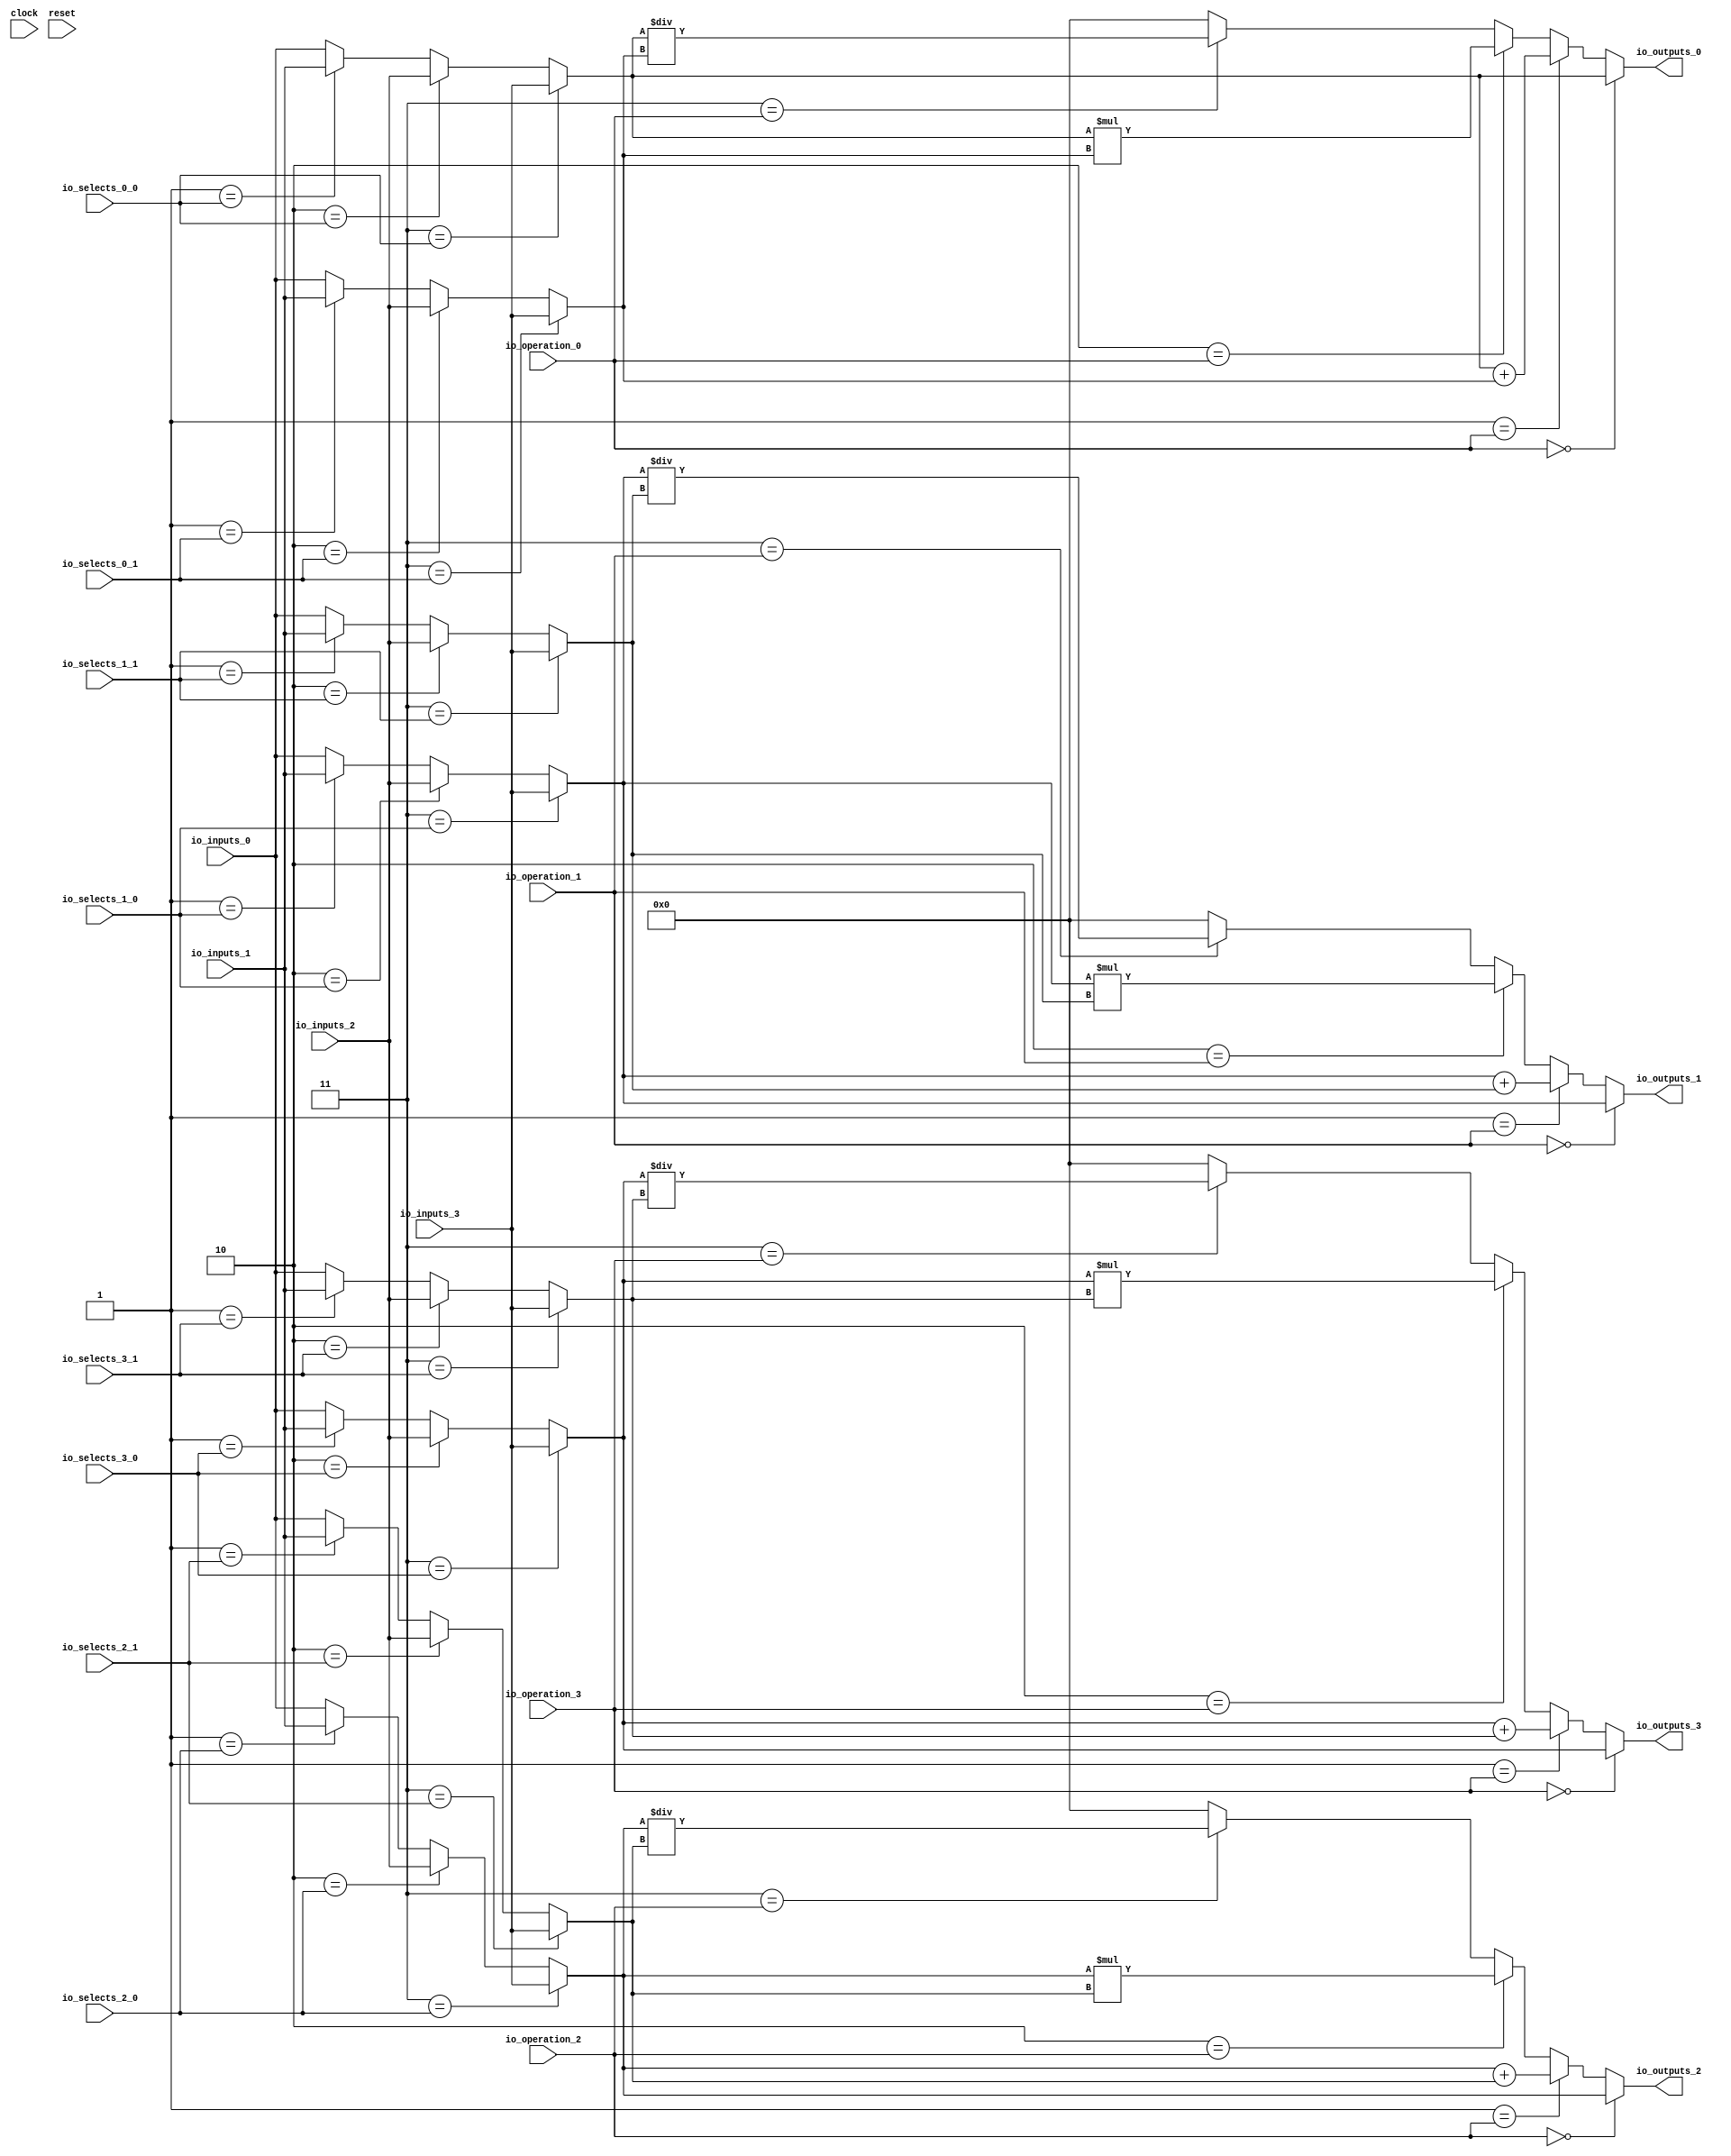
module MuxTest_width_256_inputs_4_outputs_4_pipeline_0( // @[:@3.2]
  input          clock, // @[:@4.4]
  input          reset, // @[:@5.4]
  input  [1:0]   io_selects_0_0, // @[:@6.4]
  input  [1:0]   io_selects_0_1, // @[:@6.4]
  input  [1:0]   io_selects_1_0, // @[:@6.4]
  input  [1:0]   io_selects_1_1, // @[:@6.4]
  input  [1:0]   io_selects_2_0, // @[:@6.4]
  input  [1:0]   io_selects_2_1, // @[:@6.4]
  input  [1:0]   io_selects_3_0, // @[:@6.4]
  input  [1:0]   io_selects_3_1, // @[:@6.4]
  input  [2:0]   io_operation_0, // @[:@6.4]
  input  [2:0]   io_operation_1, // @[:@6.4]
  input  [2:0]   io_operation_2, // @[:@6.4]
  input  [2:0]   io_operation_3, // @[:@6.4]
  input  [255:0] io_inputs_0, // @[:@6.4]
  input  [255:0] io_inputs_1, // @[:@6.4]
  input  [255:0] io_inputs_2, // @[:@6.4]
  input  [255:0] io_inputs_3, // @[:@6.4]
  output [255:0] io_outputs_0, // @[:@6.4]
  output [255:0] io_outputs_1, // @[:@6.4]
  output [255:0] io_outputs_2, // @[:@6.4]
  output [255:0] io_outputs_3 // @[:@6.4]
);
  wire [255:0] _GEN_1; // @[MuxTest_width_256_inputs_4_outputs_4_pipeline_0s.scala 32:53:@8.4]
  wire [255:0] _GEN_2; // @[MuxTest_width_256_inputs_4_outputs_4_pipeline_0s.scala 32:53:@8.4]
  wire [255:0] _GEN_3; // @[MuxTest_width_256_inputs_4_outputs_4_pipeline_0s.scala 32:53:@8.4]
  wire [255:0] _GEN_5; // @[MuxTest_width_256_inputs_4_outputs_4_pipeline_0s.scala 32:53:@8.4]
  wire [255:0] _GEN_6; // @[MuxTest_width_256_inputs_4_outputs_4_pipeline_0s.scala 32:53:@8.4]
  wire [255:0] _GEN_7; // @[MuxTest_width_256_inputs_4_outputs_4_pipeline_0s.scala 32:53:@8.4]
  wire [256:0] _T_242; // @[MuxTest_width_256_inputs_4_outputs_4_pipeline_0s.scala 32:53:@8.4]
  wire [255:0] _T_243; // @[MuxTest_width_256_inputs_4_outputs_4_pipeline_0s.scala 32:53:@9.4]
  wire [511:0] _T_245; // @[MuxTest_width_256_inputs_4_outputs_4_pipeline_0s.scala 33:58:@10.4]
  wire [255:0] _T_247; // @[MuxTest_width_256_inputs_4_outputs_4_pipeline_0s.scala 34:56:@11.4]
  wire  _T_248; // @[Mux.scala 46:19:@12.4]
  wire [255:0] _T_249; // @[Mux.scala 46:16:@13.4]
  wire  _T_250; // @[Mux.scala 46:19:@14.4]
  wire [511:0] _T_251; // @[Mux.scala 46:16:@15.4]
  wire  _T_252; // @[Mux.scala 46:19:@16.4]
  wire [511:0] _T_253; // @[Mux.scala 46:16:@17.4]
  wire  _T_254; // @[Mux.scala 46:19:@18.4]
  wire [511:0] _T_255; // @[Mux.scala 46:16:@19.4]
  wire [255:0] _GEN_9; // @[MuxTest_width_256_inputs_4_outputs_4_pipeline_0s.scala 32:53:@20.4]
  wire [255:0] _GEN_10; // @[MuxTest_width_256_inputs_4_outputs_4_pipeline_0s.scala 32:53:@20.4]
  wire [255:0] _GEN_11; // @[MuxTest_width_256_inputs_4_outputs_4_pipeline_0s.scala 32:53:@20.4]
  wire [255:0] _GEN_13; // @[MuxTest_width_256_inputs_4_outputs_4_pipeline_0s.scala 32:53:@20.4]
  wire [255:0] _GEN_14; // @[MuxTest_width_256_inputs_4_outputs_4_pipeline_0s.scala 32:53:@20.4]
  wire [255:0] _GEN_15; // @[MuxTest_width_256_inputs_4_outputs_4_pipeline_0s.scala 32:53:@20.4]
  wire [256:0] _T_259; // @[MuxTest_width_256_inputs_4_outputs_4_pipeline_0s.scala 32:53:@20.4]
  wire [255:0] _T_260; // @[MuxTest_width_256_inputs_4_outputs_4_pipeline_0s.scala 32:53:@21.4]
  wire [511:0] _T_262; // @[MuxTest_width_256_inputs_4_outputs_4_pipeline_0s.scala 33:58:@22.4]
  wire [255:0] _T_264; // @[MuxTest_width_256_inputs_4_outputs_4_pipeline_0s.scala 34:56:@23.4]
  wire  _T_265; // @[Mux.scala 46:19:@24.4]
  wire [255:0] _T_266; // @[Mux.scala 46:16:@25.4]
  wire  _T_267; // @[Mux.scala 46:19:@26.4]
  wire [511:0] _T_268; // @[Mux.scala 46:16:@27.4]
  wire  _T_269; // @[Mux.scala 46:19:@28.4]
  wire [511:0] _T_270; // @[Mux.scala 46:16:@29.4]
  wire  _T_271; // @[Mux.scala 46:19:@30.4]
  wire [511:0] _T_272; // @[Mux.scala 46:16:@31.4]
  wire [255:0] _GEN_17; // @[MuxTest_width_256_inputs_4_outputs_4_pipeline_0s.scala 32:53:@32.4]
  wire [255:0] _GEN_18; // @[MuxTest_width_256_inputs_4_outputs_4_pipeline_0s.scala 32:53:@32.4]
  wire [255:0] _GEN_19; // @[MuxTest_width_256_inputs_4_outputs_4_pipeline_0s.scala 32:53:@32.4]
  wire [255:0] _GEN_21; // @[MuxTest_width_256_inputs_4_outputs_4_pipeline_0s.scala 32:53:@32.4]
  wire [255:0] _GEN_22; // @[MuxTest_width_256_inputs_4_outputs_4_pipeline_0s.scala 32:53:@32.4]
  wire [255:0] _GEN_23; // @[MuxTest_width_256_inputs_4_outputs_4_pipeline_0s.scala 32:53:@32.4]
  wire [256:0] _T_276; // @[MuxTest_width_256_inputs_4_outputs_4_pipeline_0s.scala 32:53:@32.4]
  wire [255:0] _T_277; // @[MuxTest_width_256_inputs_4_outputs_4_pipeline_0s.scala 32:53:@33.4]
  wire [511:0] _T_279; // @[MuxTest_width_256_inputs_4_outputs_4_pipeline_0s.scala 33:58:@34.4]
  wire [255:0] _T_281; // @[MuxTest_width_256_inputs_4_outputs_4_pipeline_0s.scala 34:56:@35.4]
  wire  _T_282; // @[Mux.scala 46:19:@36.4]
  wire [255:0] _T_283; // @[Mux.scala 46:16:@37.4]
  wire  _T_284; // @[Mux.scala 46:19:@38.4]
  wire [511:0] _T_285; // @[Mux.scala 46:16:@39.4]
  wire  _T_286; // @[Mux.scala 46:19:@40.4]
  wire [511:0] _T_287; // @[Mux.scala 46:16:@41.4]
  wire  _T_288; // @[Mux.scala 46:19:@42.4]
  wire [511:0] _T_289; // @[Mux.scala 46:16:@43.4]
  wire [255:0] _GEN_25; // @[MuxTest_width_256_inputs_4_outputs_4_pipeline_0s.scala 32:53:@44.4]
  wire [255:0] _GEN_26; // @[MuxTest_width_256_inputs_4_outputs_4_pipeline_0s.scala 32:53:@44.4]
  wire [255:0] _GEN_27; // @[MuxTest_width_256_inputs_4_outputs_4_pipeline_0s.scala 32:53:@44.4]
  wire [255:0] _GEN_29; // @[MuxTest_width_256_inputs_4_outputs_4_pipeline_0s.scala 32:53:@44.4]
  wire [255:0] _GEN_30; // @[MuxTest_width_256_inputs_4_outputs_4_pipeline_0s.scala 32:53:@44.4]
  wire [255:0] _GEN_31; // @[MuxTest_width_256_inputs_4_outputs_4_pipeline_0s.scala 32:53:@44.4]
  wire [256:0] _T_293; // @[MuxTest_width_256_inputs_4_outputs_4_pipeline_0s.scala 32:53:@44.4]
  wire [255:0] _T_294; // @[MuxTest_width_256_inputs_4_outputs_4_pipeline_0s.scala 32:53:@45.4]
  wire [511:0] _T_296; // @[MuxTest_width_256_inputs_4_outputs_4_pipeline_0s.scala 33:58:@46.4]
  wire [255:0] _T_298; // @[MuxTest_width_256_inputs_4_outputs_4_pipeline_0s.scala 34:56:@47.4]
  wire  _T_299; // @[Mux.scala 46:19:@48.4]
  wire [255:0] _T_300; // @[Mux.scala 46:16:@49.4]
  wire  _T_301; // @[Mux.scala 46:19:@50.4]
  wire [511:0] _T_302; // @[Mux.scala 46:16:@51.4]
  wire  _T_303; // @[Mux.scala 46:19:@52.4]
  wire [511:0] _T_304; // @[Mux.scala 46:16:@53.4]
  wire  _T_305; // @[Mux.scala 46:19:@54.4]
  wire [511:0] _T_306; // @[Mux.scala 46:16:@55.4]
  assign _GEN_1 = 2'h1 == io_selects_0_0 ? io_inputs_1 : io_inputs_0; // @[MuxTest_width_256_inputs_4_outputs_4_pipeline_0s.scala 32:53:@8.4]
  assign _GEN_2 = 2'h2 == io_selects_0_0 ? io_inputs_2 : _GEN_1; // @[MuxTest_width_256_inputs_4_outputs_4_pipeline_0s.scala 32:53:@8.4]
  assign _GEN_3 = 2'h3 == io_selects_0_0 ? io_inputs_3 : _GEN_2; // @[MuxTest_width_256_inputs_4_outputs_4_pipeline_0s.scala 32:53:@8.4]
  assign _GEN_5 = 2'h1 == io_selects_0_1 ? io_inputs_1 : io_inputs_0; // @[MuxTest_width_256_inputs_4_outputs_4_pipeline_0s.scala 32:53:@8.4]
  assign _GEN_6 = 2'h2 == io_selects_0_1 ? io_inputs_2 : _GEN_5; // @[MuxTest_width_256_inputs_4_outputs_4_pipeline_0s.scala 32:53:@8.4]
  assign _GEN_7 = 2'h3 == io_selects_0_1 ? io_inputs_3 : _GEN_6; // @[MuxTest_width_256_inputs_4_outputs_4_pipeline_0s.scala 32:53:@8.4]
  assign _T_242 = _GEN_3 + _GEN_7; // @[MuxTest_width_256_inputs_4_outputs_4_pipeline_0s.scala 32:53:@8.4]
  assign _T_243 = _GEN_3 + _GEN_7; // @[MuxTest_width_256_inputs_4_outputs_4_pipeline_0s.scala 32:53:@9.4]
  assign _T_245 = _GEN_3 * _GEN_7; // @[MuxTest_width_256_inputs_4_outputs_4_pipeline_0s.scala 33:58:@10.4]
  assign _T_247 = _GEN_3 / _GEN_7; // @[MuxTest_width_256_inputs_4_outputs_4_pipeline_0s.scala 34:56:@11.4]
  assign _T_248 = 3'h3 == io_operation_0; // @[Mux.scala 46:19:@12.4]
  assign _T_249 = _T_248 ? _T_247 : 256'h0; // @[Mux.scala 46:16:@13.4]
  assign _T_250 = 3'h2 == io_operation_0; // @[Mux.scala 46:19:@14.4]
  assign _T_251 = _T_250 ? _T_245 : {{256'd0}, _T_249}; // @[Mux.scala 46:16:@15.4]
  assign _T_252 = 3'h1 == io_operation_0; // @[Mux.scala 46:19:@16.4]
  assign _T_253 = _T_252 ? {{256'd0}, _T_243} : _T_251; // @[Mux.scala 46:16:@17.4]
  assign _T_254 = 3'h0 == io_operation_0; // @[Mux.scala 46:19:@18.4]
  assign _T_255 = _T_254 ? {{256'd0}, _GEN_3} : _T_253; // @[Mux.scala 46:16:@19.4]
  assign _GEN_9 = 2'h1 == io_selects_1_0 ? io_inputs_1 : io_inputs_0; // @[MuxTest_width_256_inputs_4_outputs_4_pipeline_0s.scala 32:53:@20.4]
  assign _GEN_10 = 2'h2 == io_selects_1_0 ? io_inputs_2 : _GEN_9; // @[MuxTest_width_256_inputs_4_outputs_4_pipeline_0s.scala 32:53:@20.4]
  assign _GEN_11 = 2'h3 == io_selects_1_0 ? io_inputs_3 : _GEN_10; // @[MuxTest_width_256_inputs_4_outputs_4_pipeline_0s.scala 32:53:@20.4]
  assign _GEN_13 = 2'h1 == io_selects_1_1 ? io_inputs_1 : io_inputs_0; // @[MuxTest_width_256_inputs_4_outputs_4_pipeline_0s.scala 32:53:@20.4]
  assign _GEN_14 = 2'h2 == io_selects_1_1 ? io_inputs_2 : _GEN_13; // @[MuxTest_width_256_inputs_4_outputs_4_pipeline_0s.scala 32:53:@20.4]
  assign _GEN_15 = 2'h3 == io_selects_1_1 ? io_inputs_3 : _GEN_14; // @[MuxTest_width_256_inputs_4_outputs_4_pipeline_0s.scala 32:53:@20.4]
  assign _T_259 = _GEN_11 + _GEN_15; // @[MuxTest_width_256_inputs_4_outputs_4_pipeline_0s.scala 32:53:@20.4]
  assign _T_260 = _GEN_11 + _GEN_15; // @[MuxTest_width_256_inputs_4_outputs_4_pipeline_0s.scala 32:53:@21.4]
  assign _T_262 = _GEN_11 * _GEN_15; // @[MuxTest_width_256_inputs_4_outputs_4_pipeline_0s.scala 33:58:@22.4]
  assign _T_264 = _GEN_11 / _GEN_15; // @[MuxTest_width_256_inputs_4_outputs_4_pipeline_0s.scala 34:56:@23.4]
  assign _T_265 = 3'h3 == io_operation_1; // @[Mux.scala 46:19:@24.4]
  assign _T_266 = _T_265 ? _T_264 : 256'h0; // @[Mux.scala 46:16:@25.4]
  assign _T_267 = 3'h2 == io_operation_1; // @[Mux.scala 46:19:@26.4]
  assign _T_268 = _T_267 ? _T_262 : {{256'd0}, _T_266}; // @[Mux.scala 46:16:@27.4]
  assign _T_269 = 3'h1 == io_operation_1; // @[Mux.scala 46:19:@28.4]
  assign _T_270 = _T_269 ? {{256'd0}, _T_260} : _T_268; // @[Mux.scala 46:16:@29.4]
  assign _T_271 = 3'h0 == io_operation_1; // @[Mux.scala 46:19:@30.4]
  assign _T_272 = _T_271 ? {{256'd0}, _GEN_11} : _T_270; // @[Mux.scala 46:16:@31.4]
  assign _GEN_17 = 2'h1 == io_selects_2_0 ? io_inputs_1 : io_inputs_0; // @[MuxTest_width_256_inputs_4_outputs_4_pipeline_0s.scala 32:53:@32.4]
  assign _GEN_18 = 2'h2 == io_selects_2_0 ? io_inputs_2 : _GEN_17; // @[MuxTest_width_256_inputs_4_outputs_4_pipeline_0s.scala 32:53:@32.4]
  assign _GEN_19 = 2'h3 == io_selects_2_0 ? io_inputs_3 : _GEN_18; // @[MuxTest_width_256_inputs_4_outputs_4_pipeline_0s.scala 32:53:@32.4]
  assign _GEN_21 = 2'h1 == io_selects_2_1 ? io_inputs_1 : io_inputs_0; // @[MuxTest_width_256_inputs_4_outputs_4_pipeline_0s.scala 32:53:@32.4]
  assign _GEN_22 = 2'h2 == io_selects_2_1 ? io_inputs_2 : _GEN_21; // @[MuxTest_width_256_inputs_4_outputs_4_pipeline_0s.scala 32:53:@32.4]
  assign _GEN_23 = 2'h3 == io_selects_2_1 ? io_inputs_3 : _GEN_22; // @[MuxTest_width_256_inputs_4_outputs_4_pipeline_0s.scala 32:53:@32.4]
  assign _T_276 = _GEN_19 + _GEN_23; // @[MuxTest_width_256_inputs_4_outputs_4_pipeline_0s.scala 32:53:@32.4]
  assign _T_277 = _GEN_19 + _GEN_23; // @[MuxTest_width_256_inputs_4_outputs_4_pipeline_0s.scala 32:53:@33.4]
  assign _T_279 = _GEN_19 * _GEN_23; // @[MuxTest_width_256_inputs_4_outputs_4_pipeline_0s.scala 33:58:@34.4]
  assign _T_281 = _GEN_19 / _GEN_23; // @[MuxTest_width_256_inputs_4_outputs_4_pipeline_0s.scala 34:56:@35.4]
  assign _T_282 = 3'h3 == io_operation_2; // @[Mux.scala 46:19:@36.4]
  assign _T_283 = _T_282 ? _T_281 : 256'h0; // @[Mux.scala 46:16:@37.4]
  assign _T_284 = 3'h2 == io_operation_2; // @[Mux.scala 46:19:@38.4]
  assign _T_285 = _T_284 ? _T_279 : {{256'd0}, _T_283}; // @[Mux.scala 46:16:@39.4]
  assign _T_286 = 3'h1 == io_operation_2; // @[Mux.scala 46:19:@40.4]
  assign _T_287 = _T_286 ? {{256'd0}, _T_277} : _T_285; // @[Mux.scala 46:16:@41.4]
  assign _T_288 = 3'h0 == io_operation_2; // @[Mux.scala 46:19:@42.4]
  assign _T_289 = _T_288 ? {{256'd0}, _GEN_19} : _T_287; // @[Mux.scala 46:16:@43.4]
  assign _GEN_25 = 2'h1 == io_selects_3_0 ? io_inputs_1 : io_inputs_0; // @[MuxTest_width_256_inputs_4_outputs_4_pipeline_0s.scala 32:53:@44.4]
  assign _GEN_26 = 2'h2 == io_selects_3_0 ? io_inputs_2 : _GEN_25; // @[MuxTest_width_256_inputs_4_outputs_4_pipeline_0s.scala 32:53:@44.4]
  assign _GEN_27 = 2'h3 == io_selects_3_0 ? io_inputs_3 : _GEN_26; // @[MuxTest_width_256_inputs_4_outputs_4_pipeline_0s.scala 32:53:@44.4]
  assign _GEN_29 = 2'h1 == io_selects_3_1 ? io_inputs_1 : io_inputs_0; // @[MuxTest_width_256_inputs_4_outputs_4_pipeline_0s.scala 32:53:@44.4]
  assign _GEN_30 = 2'h2 == io_selects_3_1 ? io_inputs_2 : _GEN_29; // @[MuxTest_width_256_inputs_4_outputs_4_pipeline_0s.scala 32:53:@44.4]
  assign _GEN_31 = 2'h3 == io_selects_3_1 ? io_inputs_3 : _GEN_30; // @[MuxTest_width_256_inputs_4_outputs_4_pipeline_0s.scala 32:53:@44.4]
  assign _T_293 = _GEN_27 + _GEN_31; // @[MuxTest_width_256_inputs_4_outputs_4_pipeline_0s.scala 32:53:@44.4]
  assign _T_294 = _GEN_27 + _GEN_31; // @[MuxTest_width_256_inputs_4_outputs_4_pipeline_0s.scala 32:53:@45.4]
  assign _T_296 = _GEN_27 * _GEN_31; // @[MuxTest_width_256_inputs_4_outputs_4_pipeline_0s.scala 33:58:@46.4]
  assign _T_298 = _GEN_27 / _GEN_31; // @[MuxTest_width_256_inputs_4_outputs_4_pipeline_0s.scala 34:56:@47.4]
  assign _T_299 = 3'h3 == io_operation_3; // @[Mux.scala 46:19:@48.4]
  assign _T_300 = _T_299 ? _T_298 : 256'h0; // @[Mux.scala 46:16:@49.4]
  assign _T_301 = 3'h2 == io_operation_3; // @[Mux.scala 46:19:@50.4]
  assign _T_302 = _T_301 ? _T_296 : {{256'd0}, _T_300}; // @[Mux.scala 46:16:@51.4]
  assign _T_303 = 3'h1 == io_operation_3; // @[Mux.scala 46:19:@52.4]
  assign _T_304 = _T_303 ? {{256'd0}, _T_294} : _T_302; // @[Mux.scala 46:16:@53.4]
  assign _T_305 = 3'h0 == io_operation_3; // @[Mux.scala 46:19:@54.4]
  assign _T_306 = _T_305 ? {{256'd0}, _GEN_27} : _T_304; // @[Mux.scala 46:16:@55.4]
  assign io_outputs_0 = _T_255[255:0]; // @[MuxTest_width_256_inputs_4_outputs_4_pipeline_0s.scala 23:14:@56.4]
  assign io_outputs_1 = _T_272[255:0]; // @[MuxTest_width_256_inputs_4_outputs_4_pipeline_0s.scala 23:14:@57.4]
  assign io_outputs_2 = _T_289[255:0]; // @[MuxTest_width_256_inputs_4_outputs_4_pipeline_0s.scala 23:14:@58.4]
  assign io_outputs_3 = _T_306[255:0]; // @[MuxTest_width_256_inputs_4_outputs_4_pipeline_0s.scala 23:14:@59.4]
endmodule